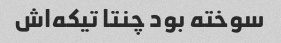
سوخته بود چنتا تیکه‌اش